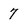
Character: 7